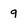
Character: 9